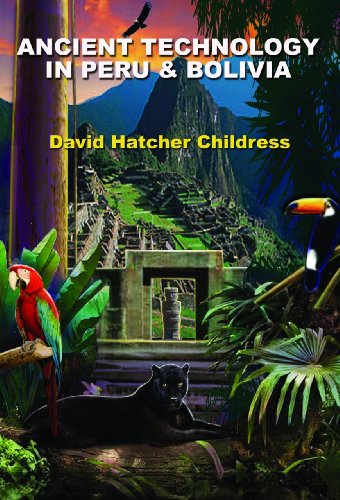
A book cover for Ancient Technology in Peru & Bolivia; David Hatcher Childress; Travel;